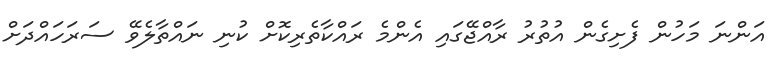
އަންނަ މަހުން ފެށިގެން އުތުރު ރާއްޖޭގައި އެންމެ ރައްކާތެރިކޮށް ކުނި ނައްތާލެވޭ ސަރަހައްދަށް